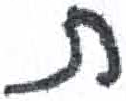
אות: ת